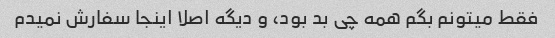
فقط میتونم بگم همه چی بد بود، و دیگه اصلا اینجا سفارش نمیدم